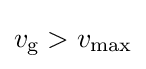
v_{\text{g}}>v_{\rm {max}}